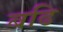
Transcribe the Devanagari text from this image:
बढि